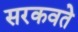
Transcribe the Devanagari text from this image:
सरकवते